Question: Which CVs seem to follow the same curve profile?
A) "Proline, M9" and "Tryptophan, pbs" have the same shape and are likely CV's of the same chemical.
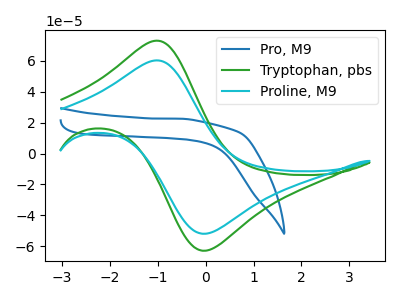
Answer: <think>The blue curve "Pro, M9" has no peaks. The green curve "Tryptophan, pbs" has an anodic peak at (-1.00V, 72.90uA) and a cathodic peak at (0.00V, -62.70uA). The cyan curve "Proline, M9" has an anodic peak at (-1.00V, 60.15uA) and a cathodic peak at (0.00V, -51.75uA).
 "Pro, M9" and "Tryptophan, pbs" have a different number of peaks. "Pro, M9" and "Proline, M9" have a different number of peaks. All the peaks in "Tryptophan, pbs" have a peak in "Proline, M9" at the same potential. Every peak in "Tryptophan, pbs" is higher than every peak in "Proline, M9".</think>
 <answer>A) "Proline, M9" and "Tryptophan, pbs" have the same shape and are likely CV's of the same chemical.</answer>
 <eval>A</eval>